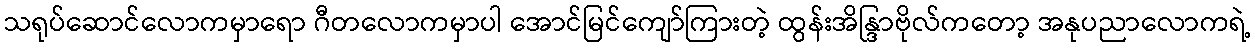
သရုပ်ဆောင်လောကမှာရော ဂီတလောကမှာပါ အောင်မြင်ကျော်ကြားတဲ့ ထွန်းအိန္ဒြာဗိုလ်ကတော့ အနုပညာလောကရဲ့